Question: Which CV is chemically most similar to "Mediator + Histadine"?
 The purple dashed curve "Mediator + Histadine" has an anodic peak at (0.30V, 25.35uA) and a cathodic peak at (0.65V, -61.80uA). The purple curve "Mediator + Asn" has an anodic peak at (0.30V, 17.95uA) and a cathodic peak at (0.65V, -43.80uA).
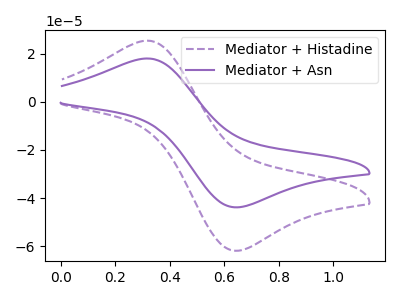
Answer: <think>All the peaks in "Mediator + Histadine" have a peak in "Mediator + Asn" at the same potential. Every peak in "Mediator + Histadine" is higher than every peak in "Mediator + Asn".
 </think>
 <answer>The CV with the most similar shape to "Mediator + Asn" is "Mediator + Histadine".</answer>
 <eval>"Mediator + Histadine"</eval>